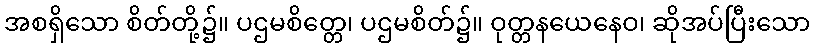
အစရှိသော စိတ်တို့၌။ ပဌမစိတ္တေ၊ ပဌမစိတ်၌။ ဝုတ္တနယေနေဝ၊ ဆိုအပ်ပြီးသော